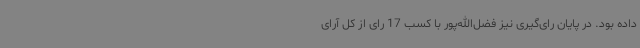
داده بود. در پایان رای‌گیری نیز فضل‌الله‌پور با کسب 17 رای از کل آرای